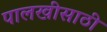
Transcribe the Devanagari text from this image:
पालखीसाठी